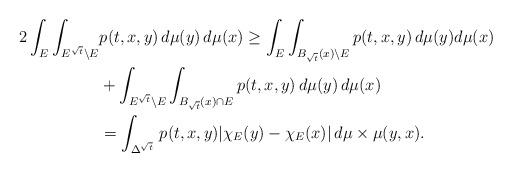
LaTeX: \begin{align*}2\int_E\int_{E^{\sqrt{t}}\setminus E} & p(t,x,y)\, d\mu(y)\, d\mu(x) \geq \int_E \int_{B_{\sqrt{t}}(x)\setminus E} p(t,x,y)\, d\mu(y)d\mu(x) \\ &+\int_{E^{\sqrt{t}}\setminus E}\int_{B_{\sqrt{t}}(x)\cap E}p(t,x,y)\, d\mu(y)\, d\mu(x)\\ &= \int_{\Delta^{\sqrt{t}}}\, p(t,x,y)|\chi_E(y)-\chi_E(x)| \, d\mu\times \mu(y,x).\end{align*}